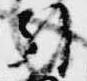
引